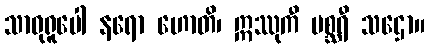
သာဓုရူပေါ နရော ဟောတိ၊ ဣဿုကီ မစ္ဆရီ သဌော။